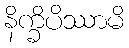
နိက္ခိပိဿာမိ